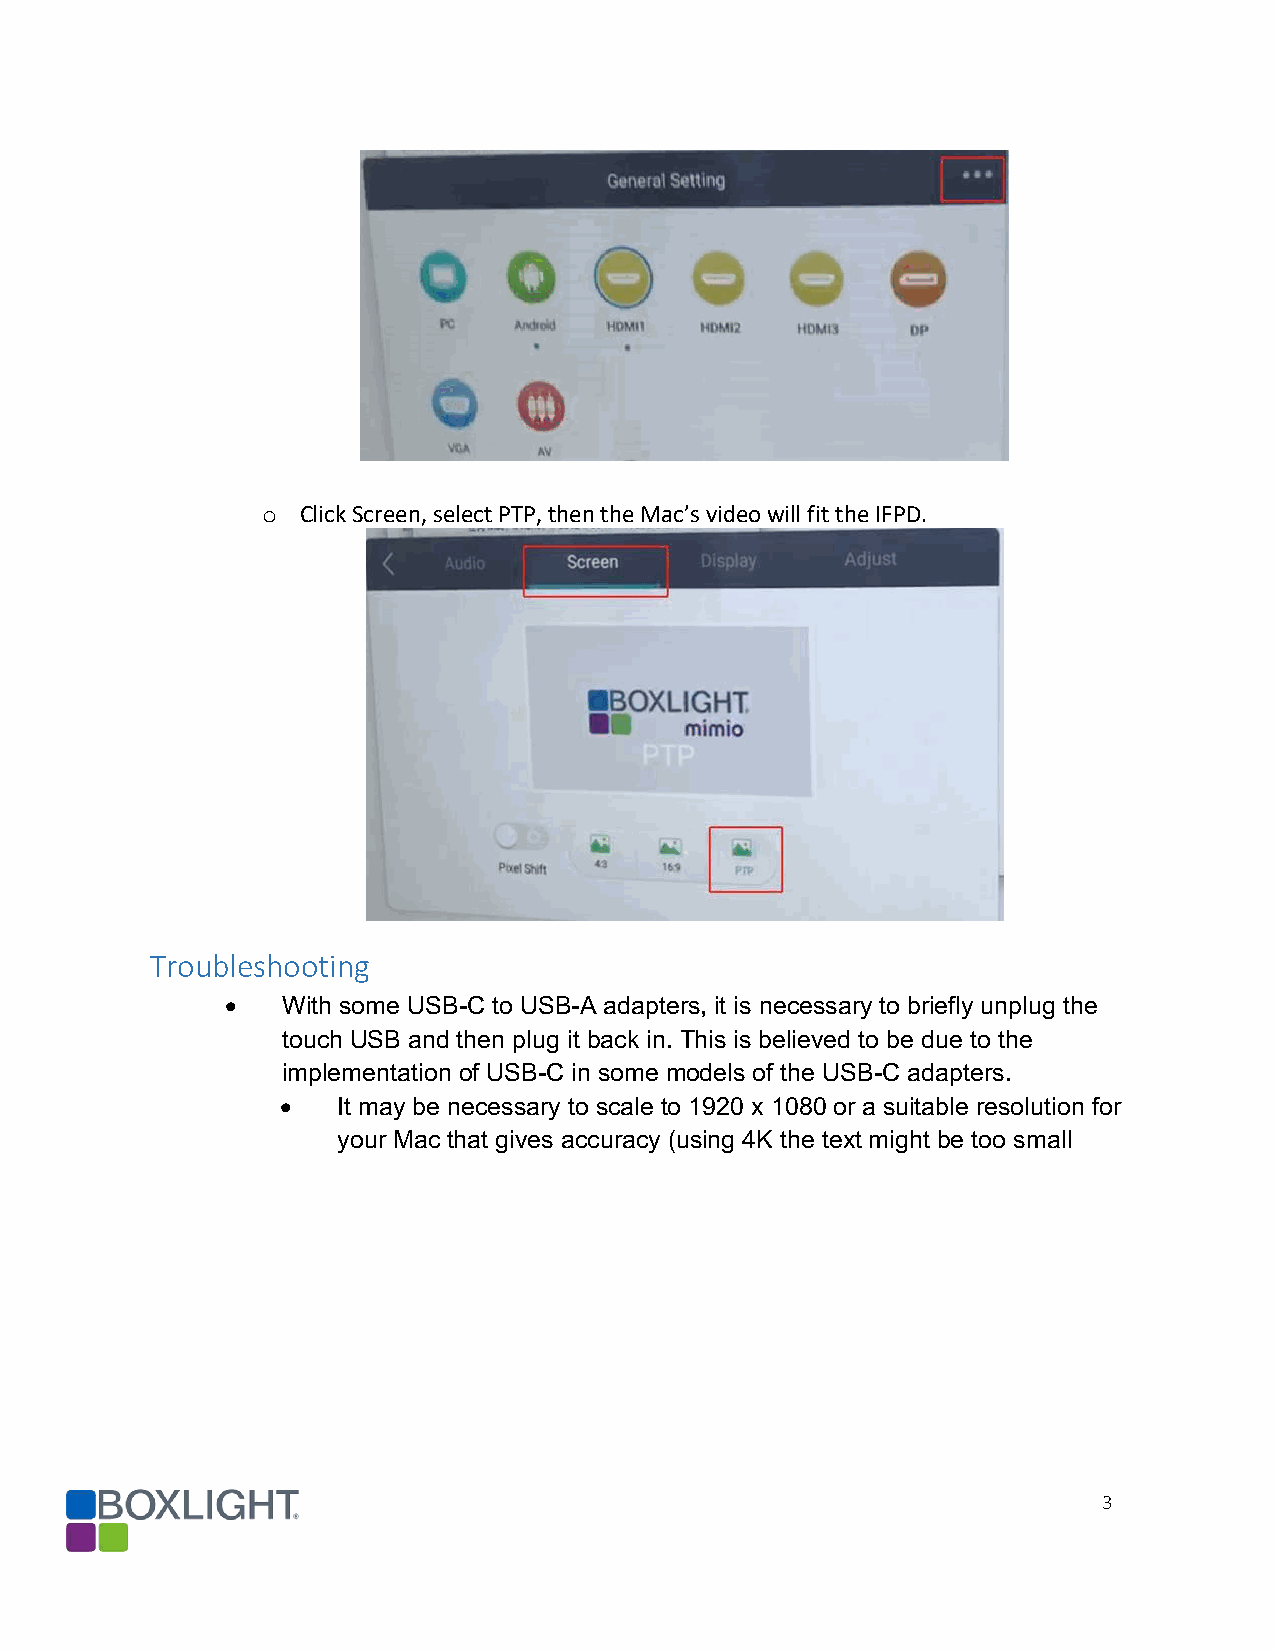
o  Click Screen, select PTP, then the Mac’s video will fit the IFPD.
 Troubleshooting
 •   With some USB-C to USB-A adapters, it is necessary to briefly unplug the
 touch USB and then plug it back in. This is believed to be due to the
 implementation of USB-C in some models of the USB-C adapters.
 •  It may be necessary to scale to 1920 x 1080 or a suitable resolution for
 your Mac that gives accuracy (using 4K the text might be too small
 3